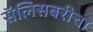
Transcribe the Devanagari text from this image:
सॅलिसबरीचा